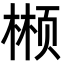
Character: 𬃲